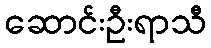
ဆောင်းဦးရာသီ